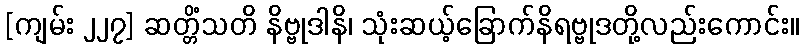
[ကျမ်း ၂၂၇] ဆတ္တိံသတိ နိဗ္ဗုဒါနိ၊ သုံးဆယ့်ခြောက်နိရဗ္ဗုဒတို့လည်းကောင်း။